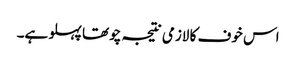
اس خوف کا لازمی نتیجہ چوتھا پہلو ہے۔